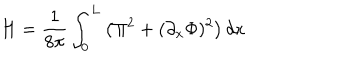
H = \frac { 1 } { 8 \pi } \int _ { 0 } ^ { L } \left( \Pi ^ { 2 } + ( \partial _ { x } \Phi ) ^ { 2 } \right) d x